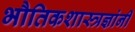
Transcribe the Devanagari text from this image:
भौतिकशास्त्रज्ञांनी